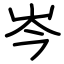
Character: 岑